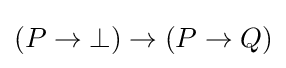
(P\to \bot )\to (P\to Q)